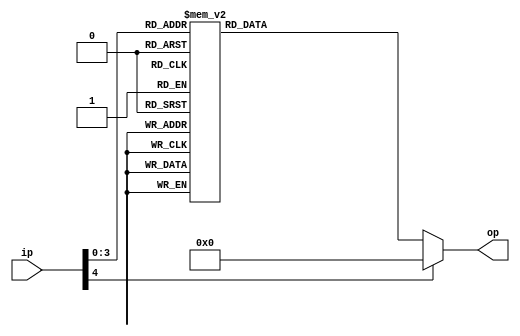
`timescale 1ns / 1ps
//////////////////////////////////////////////////////////////////////////////////
// Company: 
// Engineer: 
// 
// Design Name: 
// Module Name: BCD
// Project Name: 
// Target Devices: 
// Tool Versions: 
// Description: 
// 
// Dependencies: 
// 
// Revision:
// Revision 0.01 - File Created
// Additional Comments:
// 
//////////////////////////////////////////////////////////////////////////////////


module BCD(ip,  op);
input [4:0] ip;
wire [3:0] sel; 
output reg [6:0] op;

always @(ip) begin
case(ip) //active low
    4'b0000 : op = 7'b0000001;
    4'b0001 : op = 7'b1001111;
    4'b0010 : op = 7'b0010010;
    4'b0011 : op = 7'b0000110;
    4'b0100 : op = 7'b1001100;
    4'b0101 : op = 7'b0100100;
    4'b0110 : op = 7'b0100000;
    4'b0111 : op = 7'b0001111;
    4'b1000 : op = 7'b0000000;
    4'b1001 : op = 7'b0000100;
    4'b1010 : op = 7'b1111110;
    4'b1011 : op = 7'b0111001;
    4'b1100 : op = 7'b0110000;
    4'b1101 : op = 7'b1111111;

    default : op = 7'b0000000;  
endcase
end
endmodule